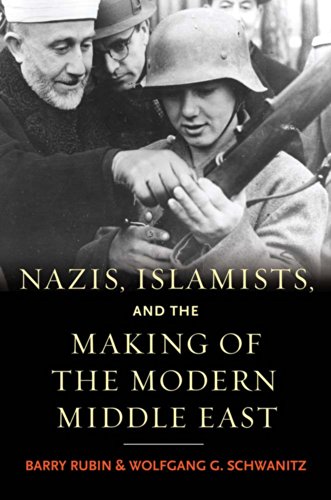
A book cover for Nazis, Islamists, and the Making of the Modern Middle East; Barry Rubin; History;